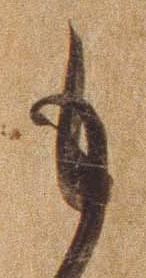
も